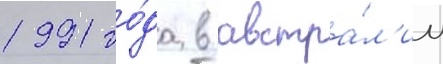
1991 го́да в австра́л'ии